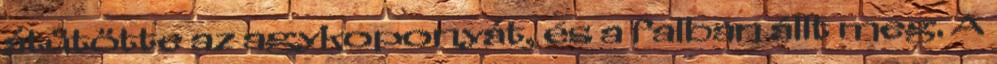
átütötte az agykoponyát, és a falban állt meg. A